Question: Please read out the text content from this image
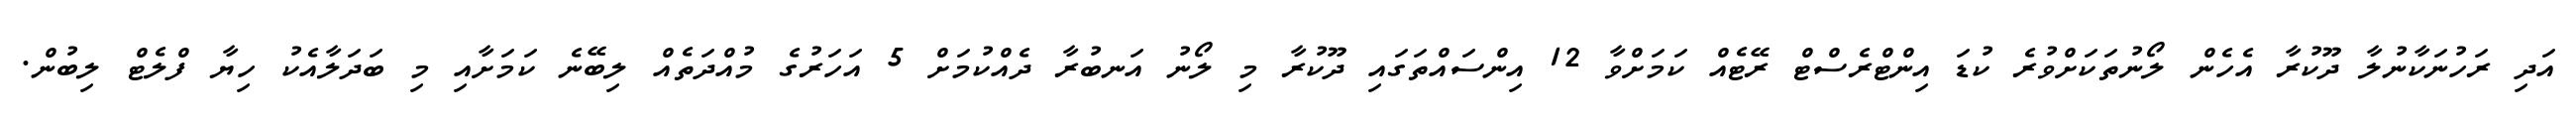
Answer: އަދި ރަހުނަކާނުލާ ދޫކުރާ އެހެން ލޯނުތަކަށްވުރެ ކުޑަ އިންޓްރެސްޓް ރޭޓެއް ކަމަށްވާ 12 އިންސައްތަގައި ދޫކުރާ މި ލޯނު އަނބުރާ ދެއްކުމަށް 5 އަހަރުގެ މުއްދަތެއް ލިބޭނެ ކަމަށާއި މި ބަދަލާއެކު ހިޔާ ފްލެޓް ލިބުން.